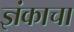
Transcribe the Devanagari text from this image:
ज्ञंकाचा